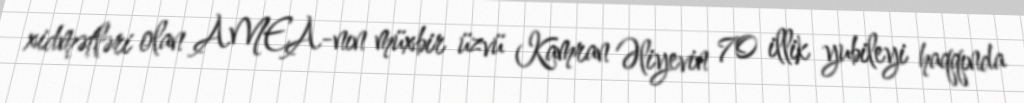
xidmətləri olan AMEA-nın müxbir üzvü Kamran Əliyevin 70 illik yubileyi haqqında